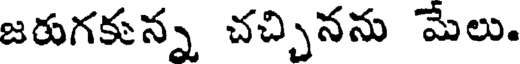
జరుగకున్న చచ్చినను మేలు.